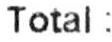
TOTAL: